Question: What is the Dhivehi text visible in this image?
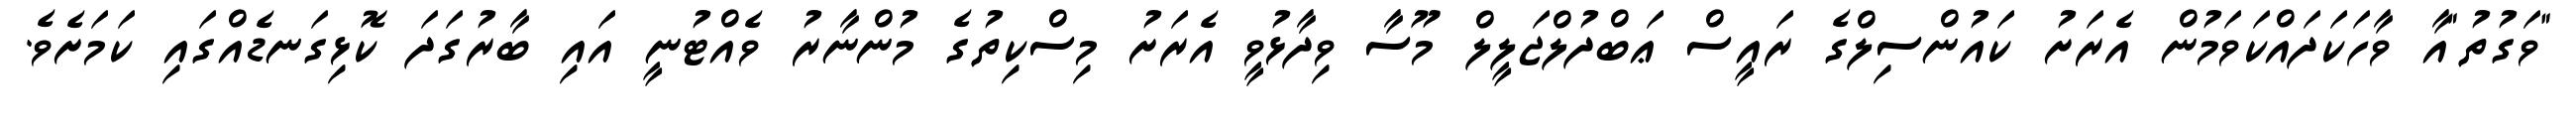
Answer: "ވަގުތު"އާ ވާހަކަދައްކަވަމުން އެރަށު ކައުންސިލްގެ ރައީސް ޢަބްދުލްޖަލީލް މޫސާ ވިދާޅުވީ އެރަށު މިސްކިތުގެ މުންނާރު ވެއްޓުނީ އައި ބާރުގަދަ ކޮޅިގަނޑެއްގައި ކަމަށެވެ.